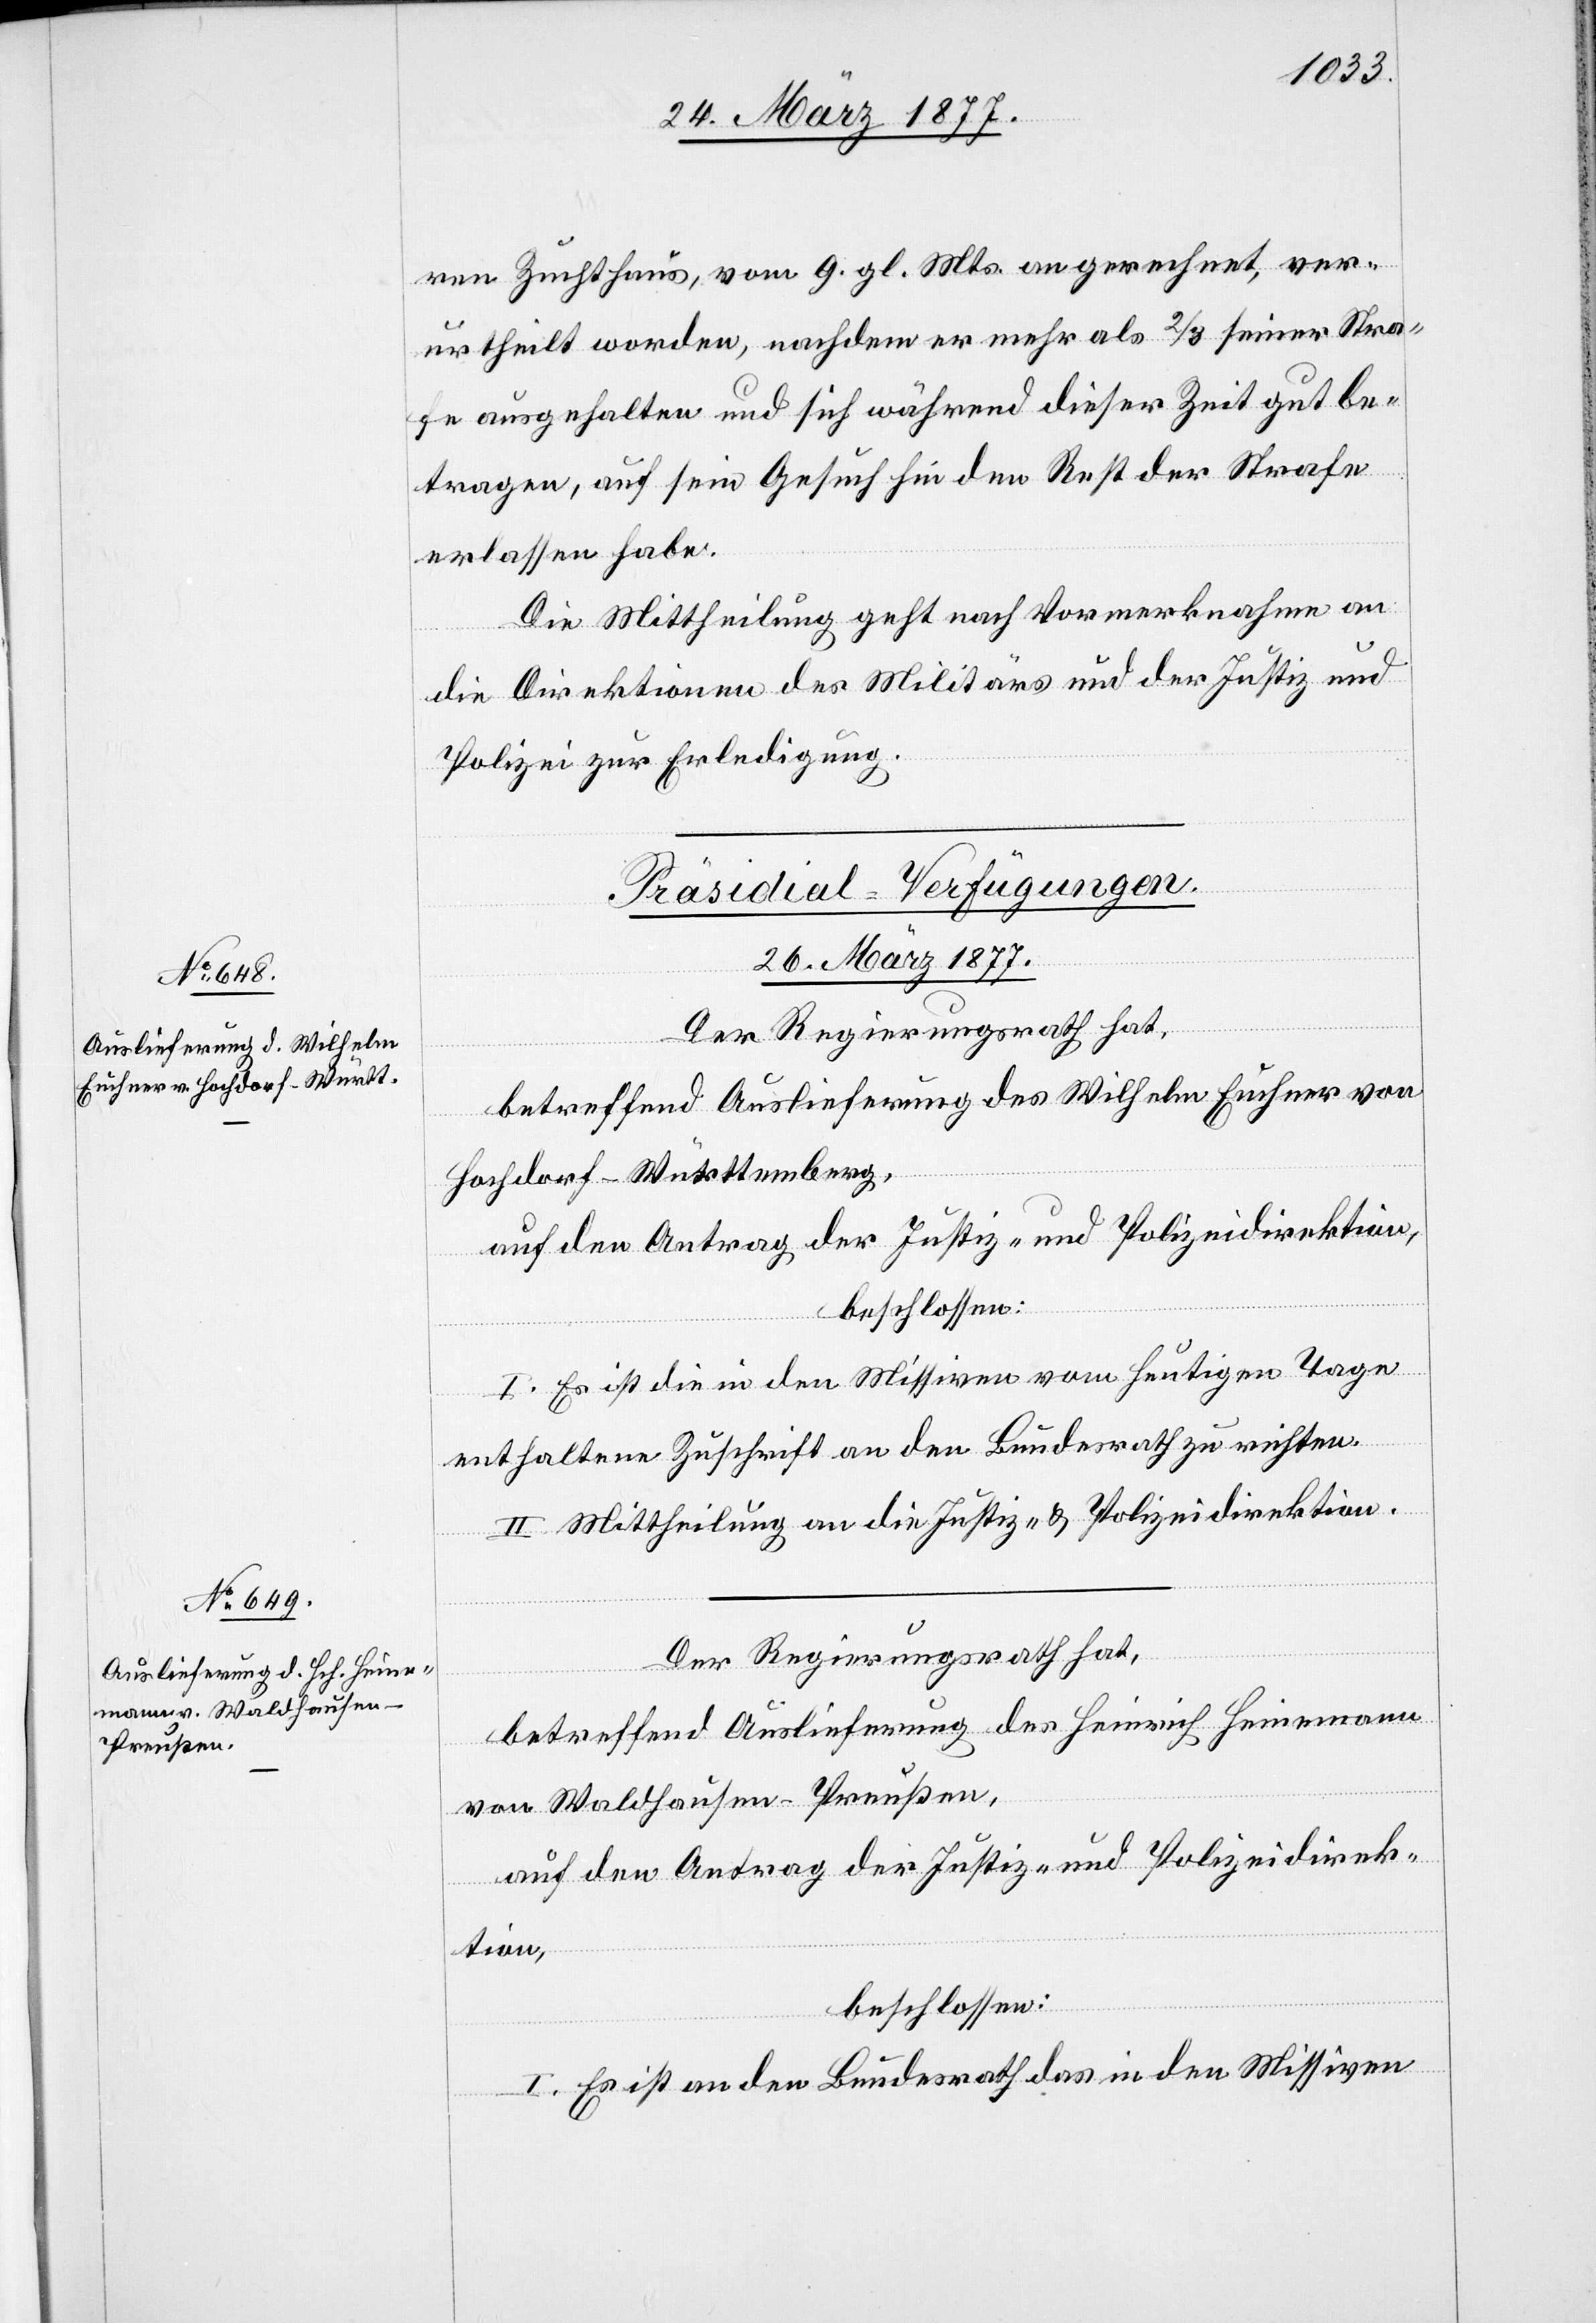
ren Zuchthaus, vom 9. gl. Mts. an gerechnet, ver¬
urtheilt worden, nachdem er mehr als 2/3 seiner Stra¬
fe ausgehalten und sich während dieser Zeit gut be¬
tragen, auf sein Gesuch hin den Rest der Strafe
erlassen habe.
Die Mittheilung geht nach Vormerknahme an
die Direktionen des Militärs und der Justiz und
Polizei zu Erledigung.
[Präsidial-Verfügungen.
26. März 1877.]
Der Regierungsrath hat,
betreffend Auslieferung des Wilhelm Euchner von
Hochdorf - Württemberg,
auf den Antrag der Justiz- und Polizeidirektion,
beschlossen:
I. Es ist die in den Missiven vom heutigen Tage
enthaltene Zuschrift an den Bundesrath zu richten.
II. Mittheilung an die Justiz- & Polizeidirektion.
betreffend Auslieferung des Heinrich Heinemann
von Waldhausen - Preußen,
auf den Antrag der Justiz- und Polizeidirek¬
tion,
beschlossen:
I. Es ist an den Bundesrath das in den Missiven